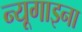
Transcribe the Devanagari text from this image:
न्यूगाइना